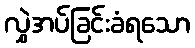
လွှဲအပ်ခြင်းခံရသော